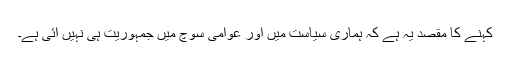
کہنے کا مقصد یہ ہے کہ ہماری سیاست میں اور عوامی سوچ میں جمہوریت ہی نہیں آئی ہے۔